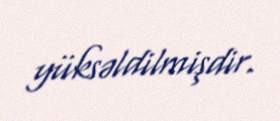
yüksəldilmişdir.